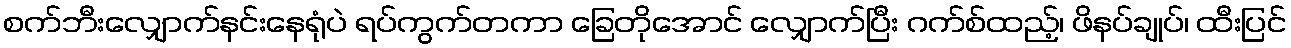
စက်ဘီးလျှောက်နင်းနေရုံပဲ ရပ်ကွက်တကာ ခြေတိုအောင် လျှောက်ပြီး ဂက်စ်ထည့်၊ ဖိနပ်ချုပ်၊ ထီးပြင်